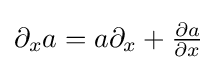
{\textstyle \partial _{x}a=a\partial _{x}+{\frac {\partial a}{\partial x}}}